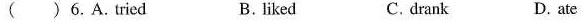
( ) 6. A.Tried B.liked C. drank D. ate